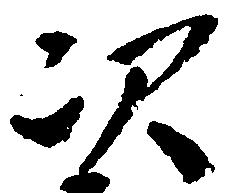
次